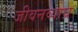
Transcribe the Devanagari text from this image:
जीवनव्याघ्र